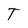
Character: T